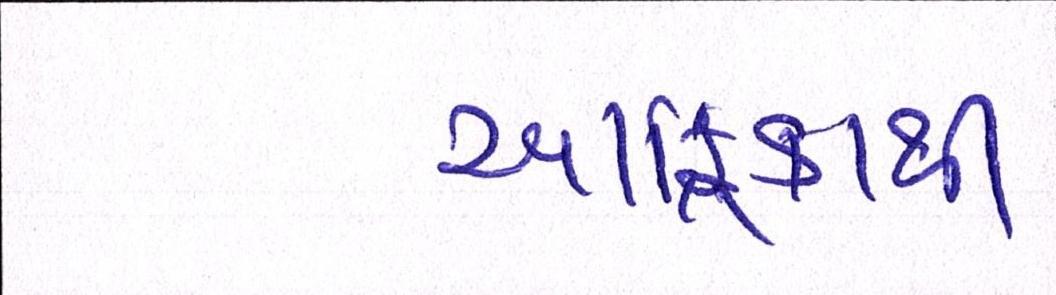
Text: આફ્રિકાથી